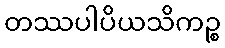
တဿပါပိယသိကဉ္စ